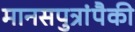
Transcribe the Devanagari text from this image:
मानसपुत्रांपैकी